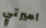
أميرتي